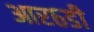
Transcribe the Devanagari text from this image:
आर६डी